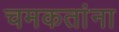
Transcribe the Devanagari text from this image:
चमकतांना